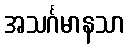
အသင်္ဂမာနသာ